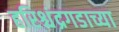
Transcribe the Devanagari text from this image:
हरिश्चंद्रगडाच्या